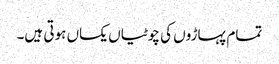
تمام پہاڑوں کی چوٹیاں یکساں ہوتی ہیں۔